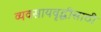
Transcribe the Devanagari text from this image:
व्यवसायवृद्धीसाठी